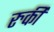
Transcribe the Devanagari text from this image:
रुर्की